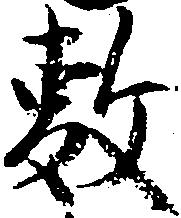
敷